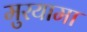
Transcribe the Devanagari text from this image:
मुरयामा